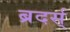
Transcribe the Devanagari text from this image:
ब्रदर्स्